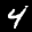
Label: 4